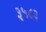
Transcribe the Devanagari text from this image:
३५८३